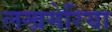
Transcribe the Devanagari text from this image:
लखमेरिया